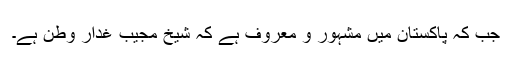
جب کہ پاکستان میں مشہور و معروف ہے کہ شیخ مجیب غدارِ وطن ہے۔